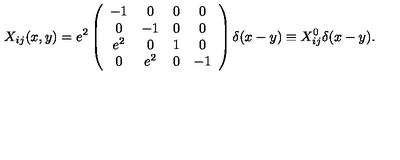
X _ { i j } ( x , y ) = e ^ { 2 } \left( \begin{array} { c c c c } { - 1 } & { 0 } & { 0 } & { 0 } \\ { 0 } & { - 1 } & { 0 } & { 0 } \\ { e ^ { 2 } } & { 0 } & { 1 } & { 0 } \\ { 0 } & { e ^ { 2 } } & { 0 } & { - 1 } \\ \end{array} \right) \delta ( x - y ) \equiv X _ { i j } ^ { 0 } \delta ( x - y ) .